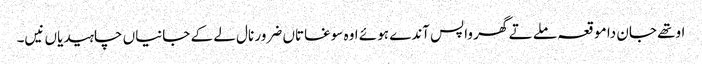
اوتھے جان دا موقعہ ملے تے گھر واپس آندے ہوئے اوہ سوغاتاں ضرور نال لے کے جانیاں چاہیدیاں نیں۔